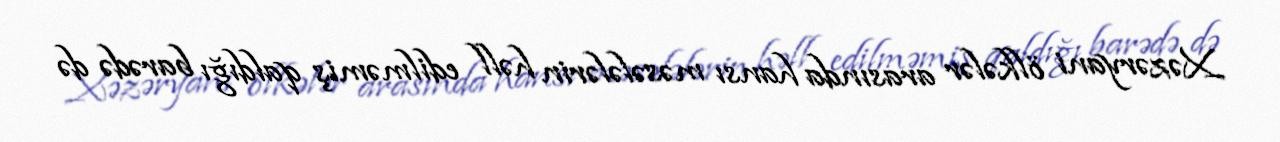
Xəzəryani ölkələr arasında hansı məsələlərin həll edilməmiş qaldığı barədə də